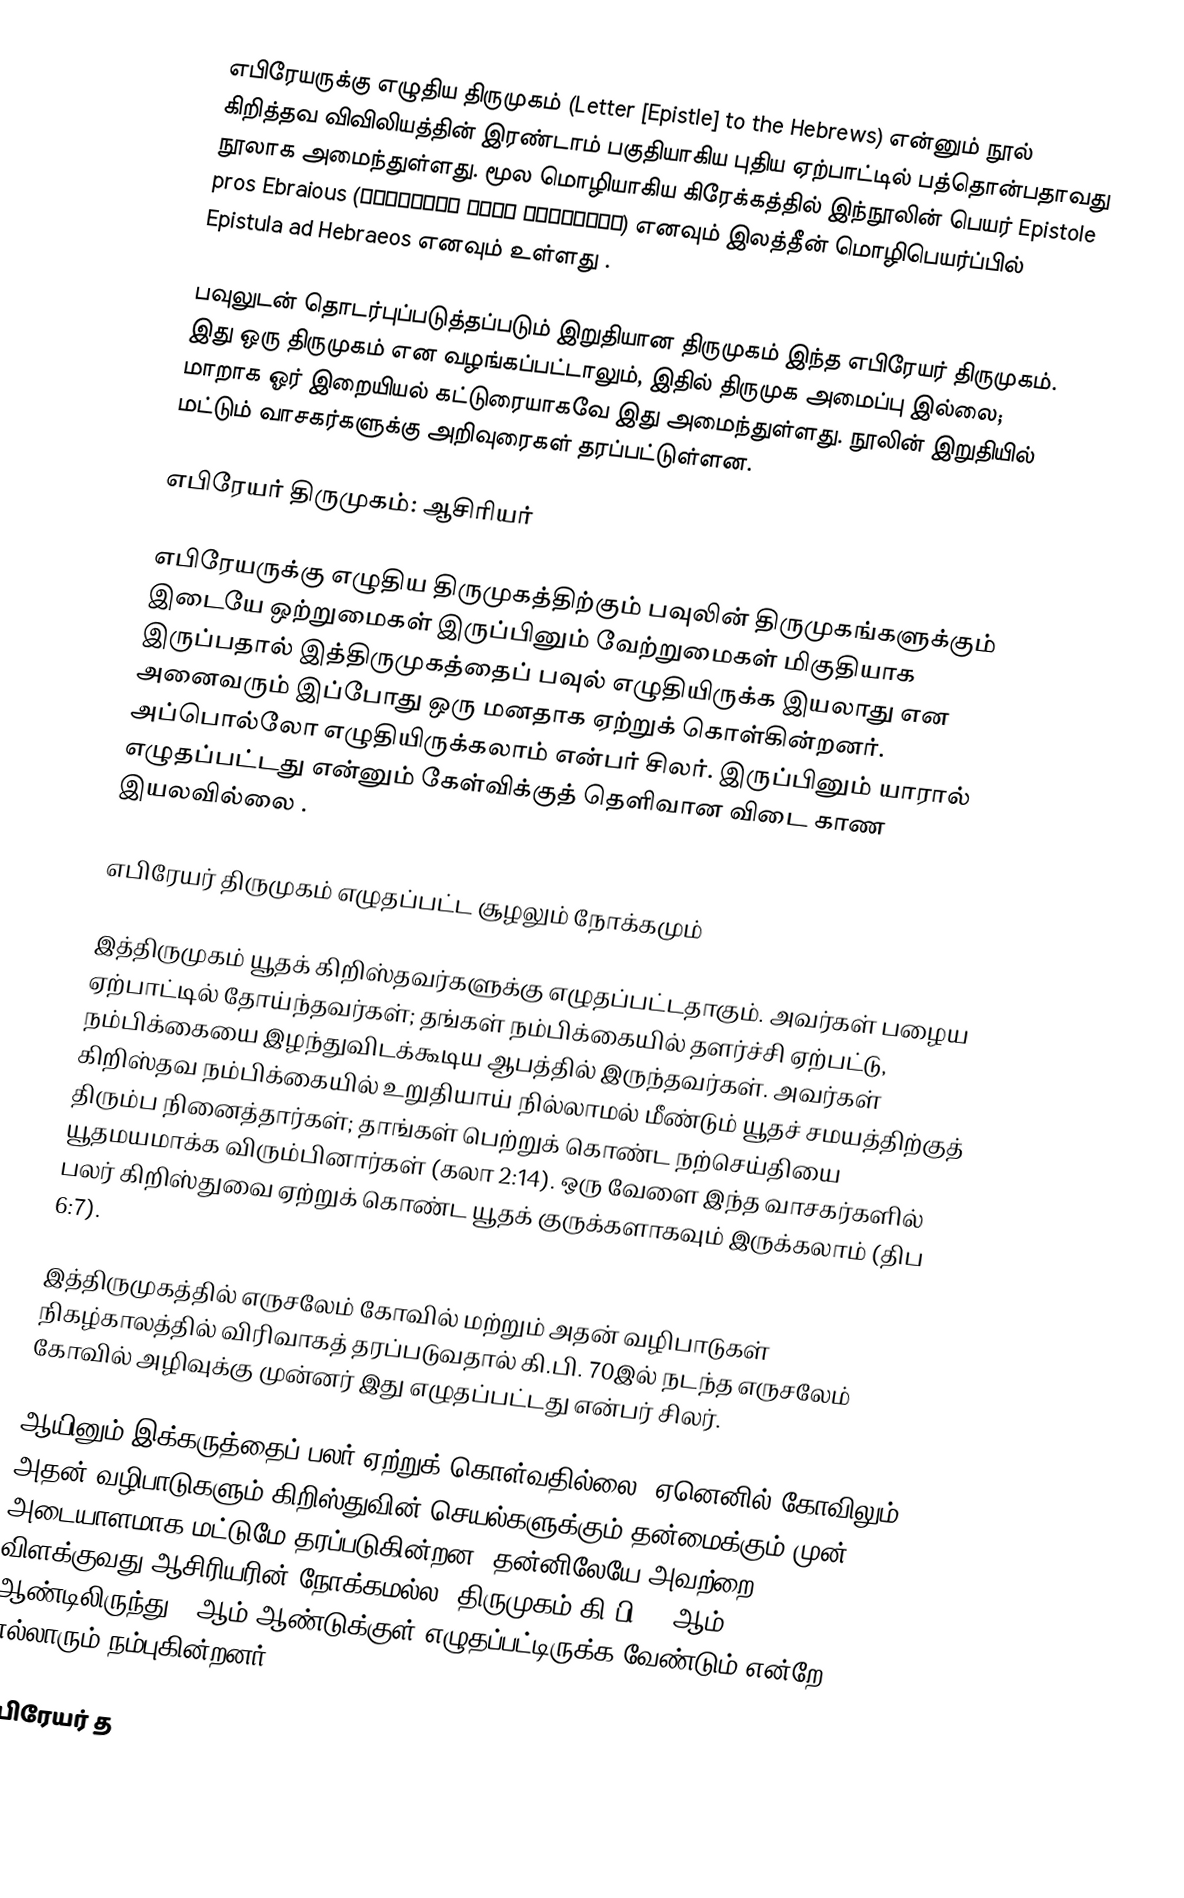
எபிரேயருக்கு எழுதிய திருமுகம் (Letter [Epistle] to the Hebrews) என்னும் நூல் கிறித்தவ விவிலியத்தின் இரண்டாம் பகுதியாகிய புதிய ஏற்பாட்டில் பத்தொன்பதாவது நூலாக அமைந்துள்ளது. மூல மொழியாகிய கிரேக்கத்தில் இந்நூலின் பெயர்  Epistole pros Ebraious (Επιστολή Πρὸς Έβραίους) எனவும் இலத்தீன் மொழிபெயர்ப்பில்  Epistula ad Hebraeos எனவும் உள்ளது .

பவுலுடன் தொடர்புப்படுத்தப்படும் இறுதியான திருமுகம் இந்த எபிரேயர் திருமுகம். இது ஒரு திருமுகம் என வழங்கப்பட்டாலும், இதில் திருமுக அமைப்பு இல்லை; மாறாக ஓர் இறையியல் கட்டுரையாகவே இது அமைந்துள்ளது. நூலின் இறுதியில் மட்டும் வாசகர்களுக்கு அறிவுரைகள் தரப்பட்டுள்ளன.

எபிரேயர் திருமுகம்: ஆசிரியர்

எபிரேயருக்கு எழுதிய திருமுகத்திற்கும் பவுலின் திருமுகங்களுக்கும் இடையே ஒற்றுமைகள் இருப்பினும் வேற்றுமைகள் மிகுதியாக இருப்பதால் இத்திருமுகத்தைப் பவுல் எழுதியிருக்க இயலாது என அனைவரும் இப்போது ஒரு மனதாக ஏற்றுக் கொள்கின்றனர். அப்பொல்லோ எழுதியிருக்கலாம் என்பர் சிலர். இருப்பினும் யாரால் எழுதப்பட்டது என்னும் கேள்விக்குத் தெளிவான விடை காண இயலவில்லை .

எபிரேயர் திருமுகம் எழுதப்பட்ட சூழலும் நோக்கமும்

இத்திருமுகம் யூதக் கிறிஸ்தவர்களுக்கு எழுதப்பட்டதாகும். அவர்கள் பழைய ஏற்பாட்டில் தோய்ந்தவர்கள்; தங்கள் நம்பிக்கையில் தளர்ச்சி ஏற்பட்டு, நம்பிக்கையை இழந்துவிடக்கூடிய ஆபத்தில் இருந்தவர்கள். அவர்கள் கிறிஸ்தவ நம்பிக்கையில் உறுதியாய் நில்லாமல் மீண்டும் யூதச் சமயத்திற்குத் திரும்ப நினைத்தார்கள்; தாங்கள் பெற்றுக் கொண்ட நற்செய்தியை யூதமயமாக்க விரும்பினார்கள் (கலா 2:14). ஒரு வேளை இந்த வாசகர்களில் பலர் கிறிஸ்துவை ஏற்றுக் கொண்ட யூதக் குருக்களாகவும் இருக்கலாம் (திப 6:7).

இத்திருமுகத்தில் எருசலேம் கோவில் மற்றும் அதன் வழிபாடுகள் நிகழ்காலத்தில் விரிவாகத் தரப்படுவதால் கி.பி. 70இல் நடந்த எருசலேம் கோவில் அழிவுக்கு முன்னர் இது எழுதப்பட்டது என்பர் சிலர்.

ஆயினும் இக்கருத்தைப் பலர் ஏற்றுக் கொள்வதில்லை. ஏனெனில் கோவிலும் அதன் வழிபாடுகளும் கிறிஸ்துவின் செயல்களுக்கும் தன்மைக்கும் முன் அடையாளமாக மட்டுமே தரப்படுகின்றன. தன்னிலேயே அவற்றை விளக்குவது ஆசிரியரின் நோக்கமல்ல. திருமுகம் கி.பி. 80ஆம் ஆண்டிலிருந்து 85ஆம் ஆண்டுக்குள் எழுதப்பட்டிருக்க வேண்டும் என்றே எல்லாரும் நம்புகின்றனர்.

எபிரேயர் த